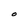
Character: O